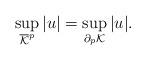
LaTeX: \begin{align*} \sup_{\overline {\mathcal K}^p}|u|=\sup_{\partial_p\mathcal K}|u|. \end{align*}